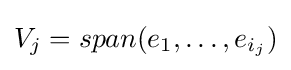
{\textstyle V_{j}=span(e_{1},\dots ,e_{i_{j}})}